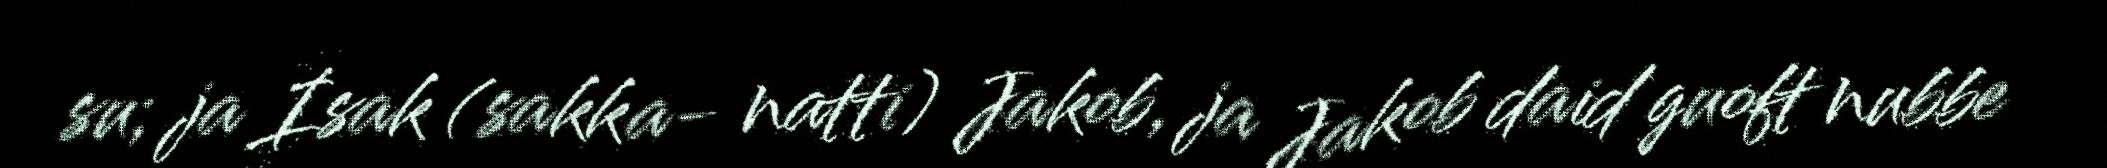
su; ja Isak (sakka- natti) Jakob, ja Jakob daid guoft nubbe